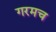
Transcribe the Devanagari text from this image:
गरमच